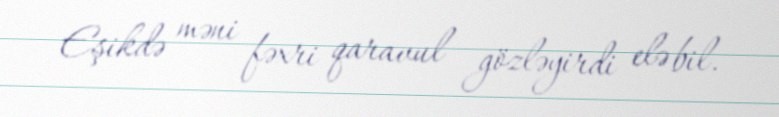
Eşikdə məni fəxri qaravul gözləyirdi elə bil.